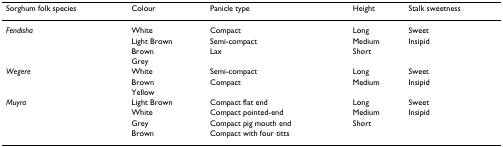
| Sorghum folk species | Colour | Panicle type | Height | Stalk sweetness |
 | --- | --- | --- | --- | --- |
 | Fendisha | White | Compact | Long | Sweet |
 |  | Light Brown | Semi-compact | Medium | Insipid |
 |  | Brown | Lax | Short |  |
 |  | Grey |  |  |  |
 | Wegere | White | Semi-compact | Long | Sweet |
 |  | Brown | Compact | Medium | Insipid |
 |  | Yellow |  |  |  |
 | Muyra | Light Brown | Compact flat end | Long | Sweet |
 |  | White | Compact pointed-end | Medium | Insipid |
 |  | Grey | Compact pig mouth end | Short |  |
 |  | Brown | Compact with four titts |  |  |